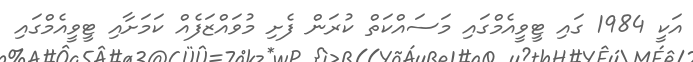
އަކީ 1984 ގައި ޓީވީއެމްގައި މަސައްކަތް ކުރަން ފެށި މުވައްޒަފެއް ކަމަށާއި ޓީވީއެމްގައި